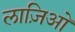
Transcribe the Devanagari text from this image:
लाज़िओ